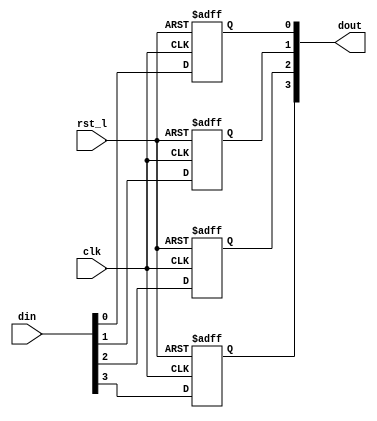
// This program was cloned from: https://github.com/NYU-MLDA/OpenABC
// License: BSD 3-Clause "New" or "Revised" License

module rvdff_WIDTH4
(
  din,
  clk,
  rst_l,
  dout
);

  input [3:0] din;
  output [3:0] dout;
  input clk;
  input rst_l;
  wire N0;
  reg [3:0] dout;

  always @(posedge clk or posedge N0) begin
    if(N0) begin
      dout[3] <= 1'b0;
    end else if(1'b1) begin
      dout[3] <= din[3];
    end
  end


  always @(posedge clk or posedge N0) begin
    if(N0) begin
      dout[2] <= 1'b0;
    end else if(1'b1) begin
      dout[2] <= din[2];
    end
  end


  always @(posedge clk or posedge N0) begin
    if(N0) begin
      dout[1] <= 1'b0;
    end else if(1'b1) begin
      dout[1] <= din[1];
    end
  end


  always @(posedge clk or posedge N0) begin
    if(N0) begin
      dout[0] <= 1'b0;
    end else if(1'b1) begin
      dout[0] <= din[0];
    end
  end

  assign N0 = ~rst_l;

endmodule